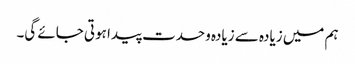
ہم میں زیادہ سے زیادہ وحدت پیدا ہوتی جائے گی۔